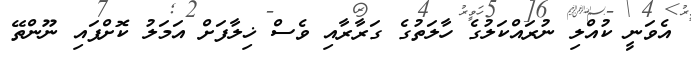
އެވަނީ ކުއްލި ނުރައްކަލުގެ ހާލަތުގެ ގަރާރާއި ވެސް ޚިލާފަށް އަމަލު ކޮށްފައި ނޫންތޭ